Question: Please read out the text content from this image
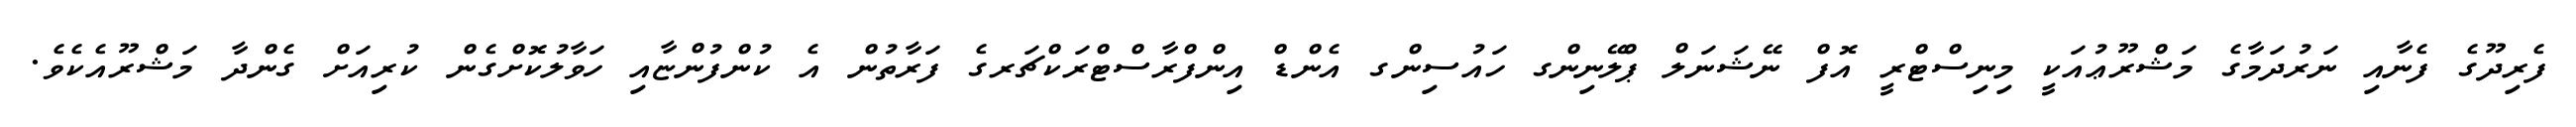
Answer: ފެރިދޫގެ ފެނާއި ނަރުދަމާގެ މަޝްރޫޢުއަކީ މިނިސްޓްރީ އޮފް ނޭޝަނަލް ޕްލޭނިންގ ހައުސިންގ އެންޑް އިންފްރާސްޓްރަކްޗަރގެ ފަރާތުން އެ ކުންފުންޏާއި ހަވާލުކޮށްގެން ކުރިއަށް ގެންދާ މަޝްރޫއެކެވެ.